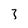
Character: 3